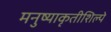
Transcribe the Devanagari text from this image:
मनुष्याकृतीशिल्पे